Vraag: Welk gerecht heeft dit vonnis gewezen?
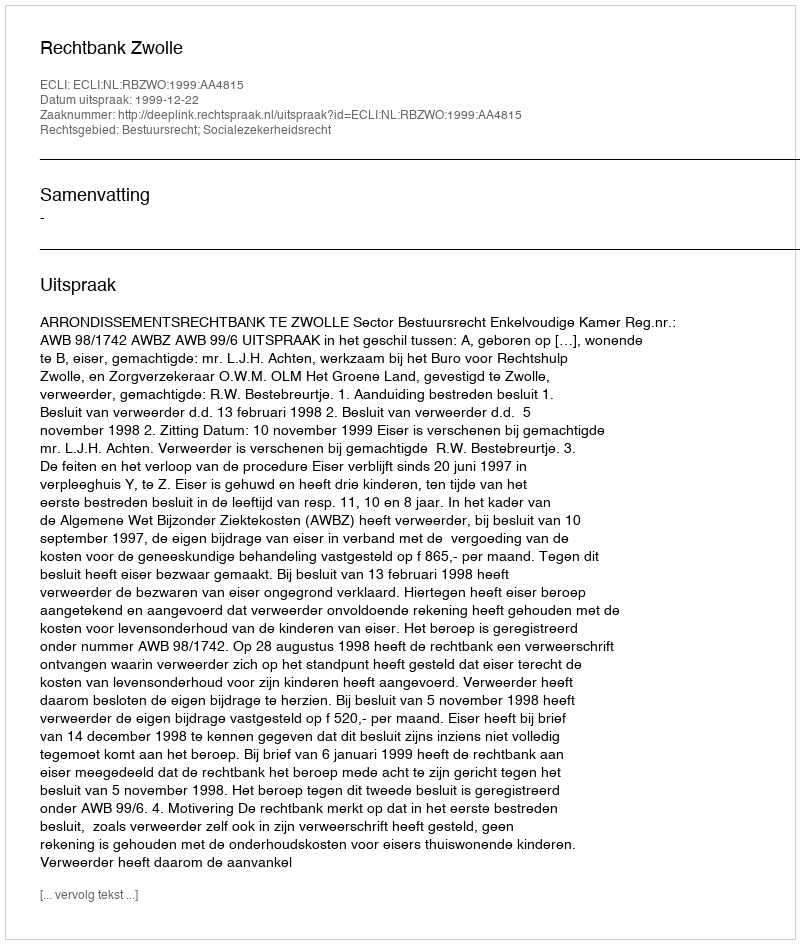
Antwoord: Rechtbank Zwolle